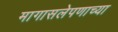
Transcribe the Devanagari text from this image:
मागासलेपणाच्या